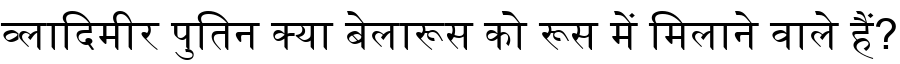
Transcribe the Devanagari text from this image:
व्लादिमीर पुतिन क्या बेलारूस को रूस में मिलाने वाले हैं?